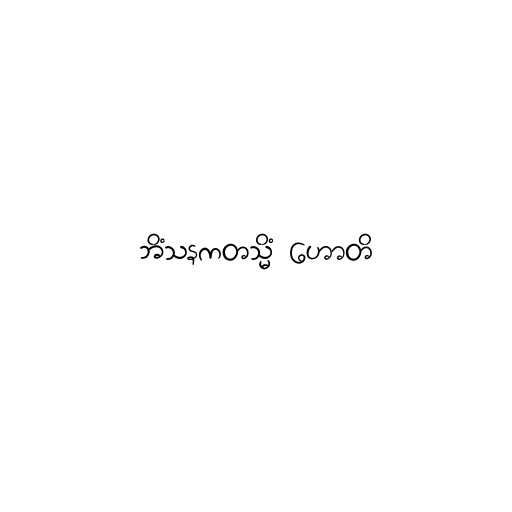
ဘိံသနကတသ္မိံ ဟောတိ